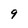
Character: 9